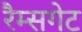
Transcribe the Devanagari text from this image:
रैम्सगेट